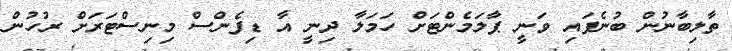
ތާލިބާނުން ބުނެފައި ވަނީ ޕާލަމެންޓަށް ހަމަލާ ދިނީ އާ ޑިފެންސް މިނިސްޓަރަށް ރުހުން